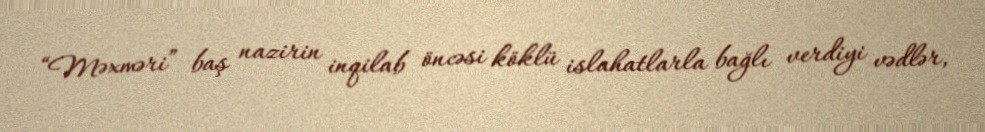
“Məxməri” baş nazirin inqilab öncəsi köklü islahatlarla bağlı verdiyi vədlər,